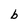
Character: b